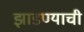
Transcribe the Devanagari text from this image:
झाडण्याची